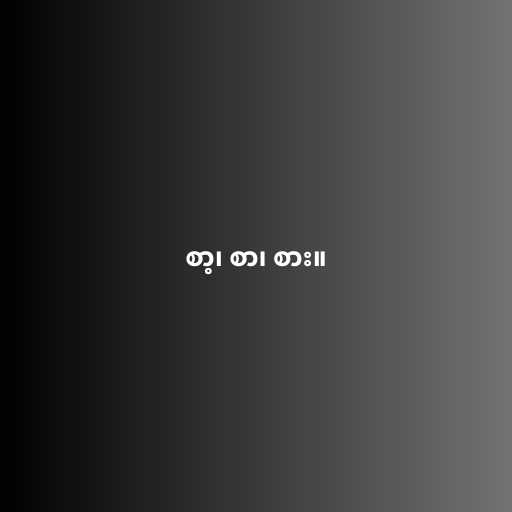
စာ့၊ စာ၊ စား။